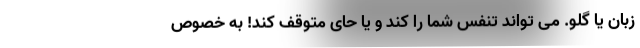
زبان یا گلو. می تواند تنفس شما را کند و یا حای متوقف کند! به خصوص